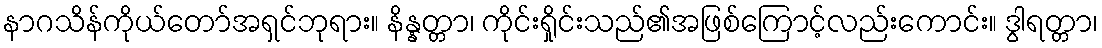
နာဂသိန်ကိုယ်တော်အရှင်ဘုရား။ နိန္နတ္တာ၊ ကိုင်းရှိုင်းသည်၏အဖြစ်ကြောင့်လည်းကောင်း။ ဒွါရတ္တာ၊